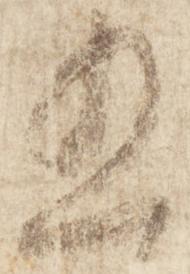
五